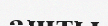
ашты